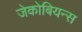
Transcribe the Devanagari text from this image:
जेकोबियन्स